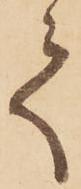
て